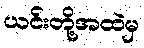
ယင်းတို့အထဲမှ